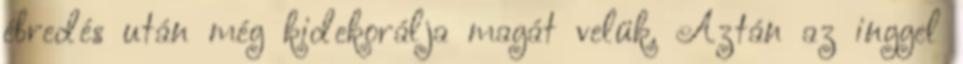
ébredés után még kidekorálja magát velük. Aztán az inggel